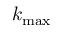
k _ { \mathrm { m a x } }